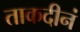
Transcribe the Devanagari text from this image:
ताकदीनं